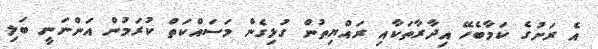
އެ ރަށުގެ ކަމާބެހޭ އިދާރާތަކާއި ރައްޔިތުން ގުޅިގެން މަސައްކަތް ކުރަމުން އަންނަނީ ބަލި